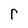
Character: r